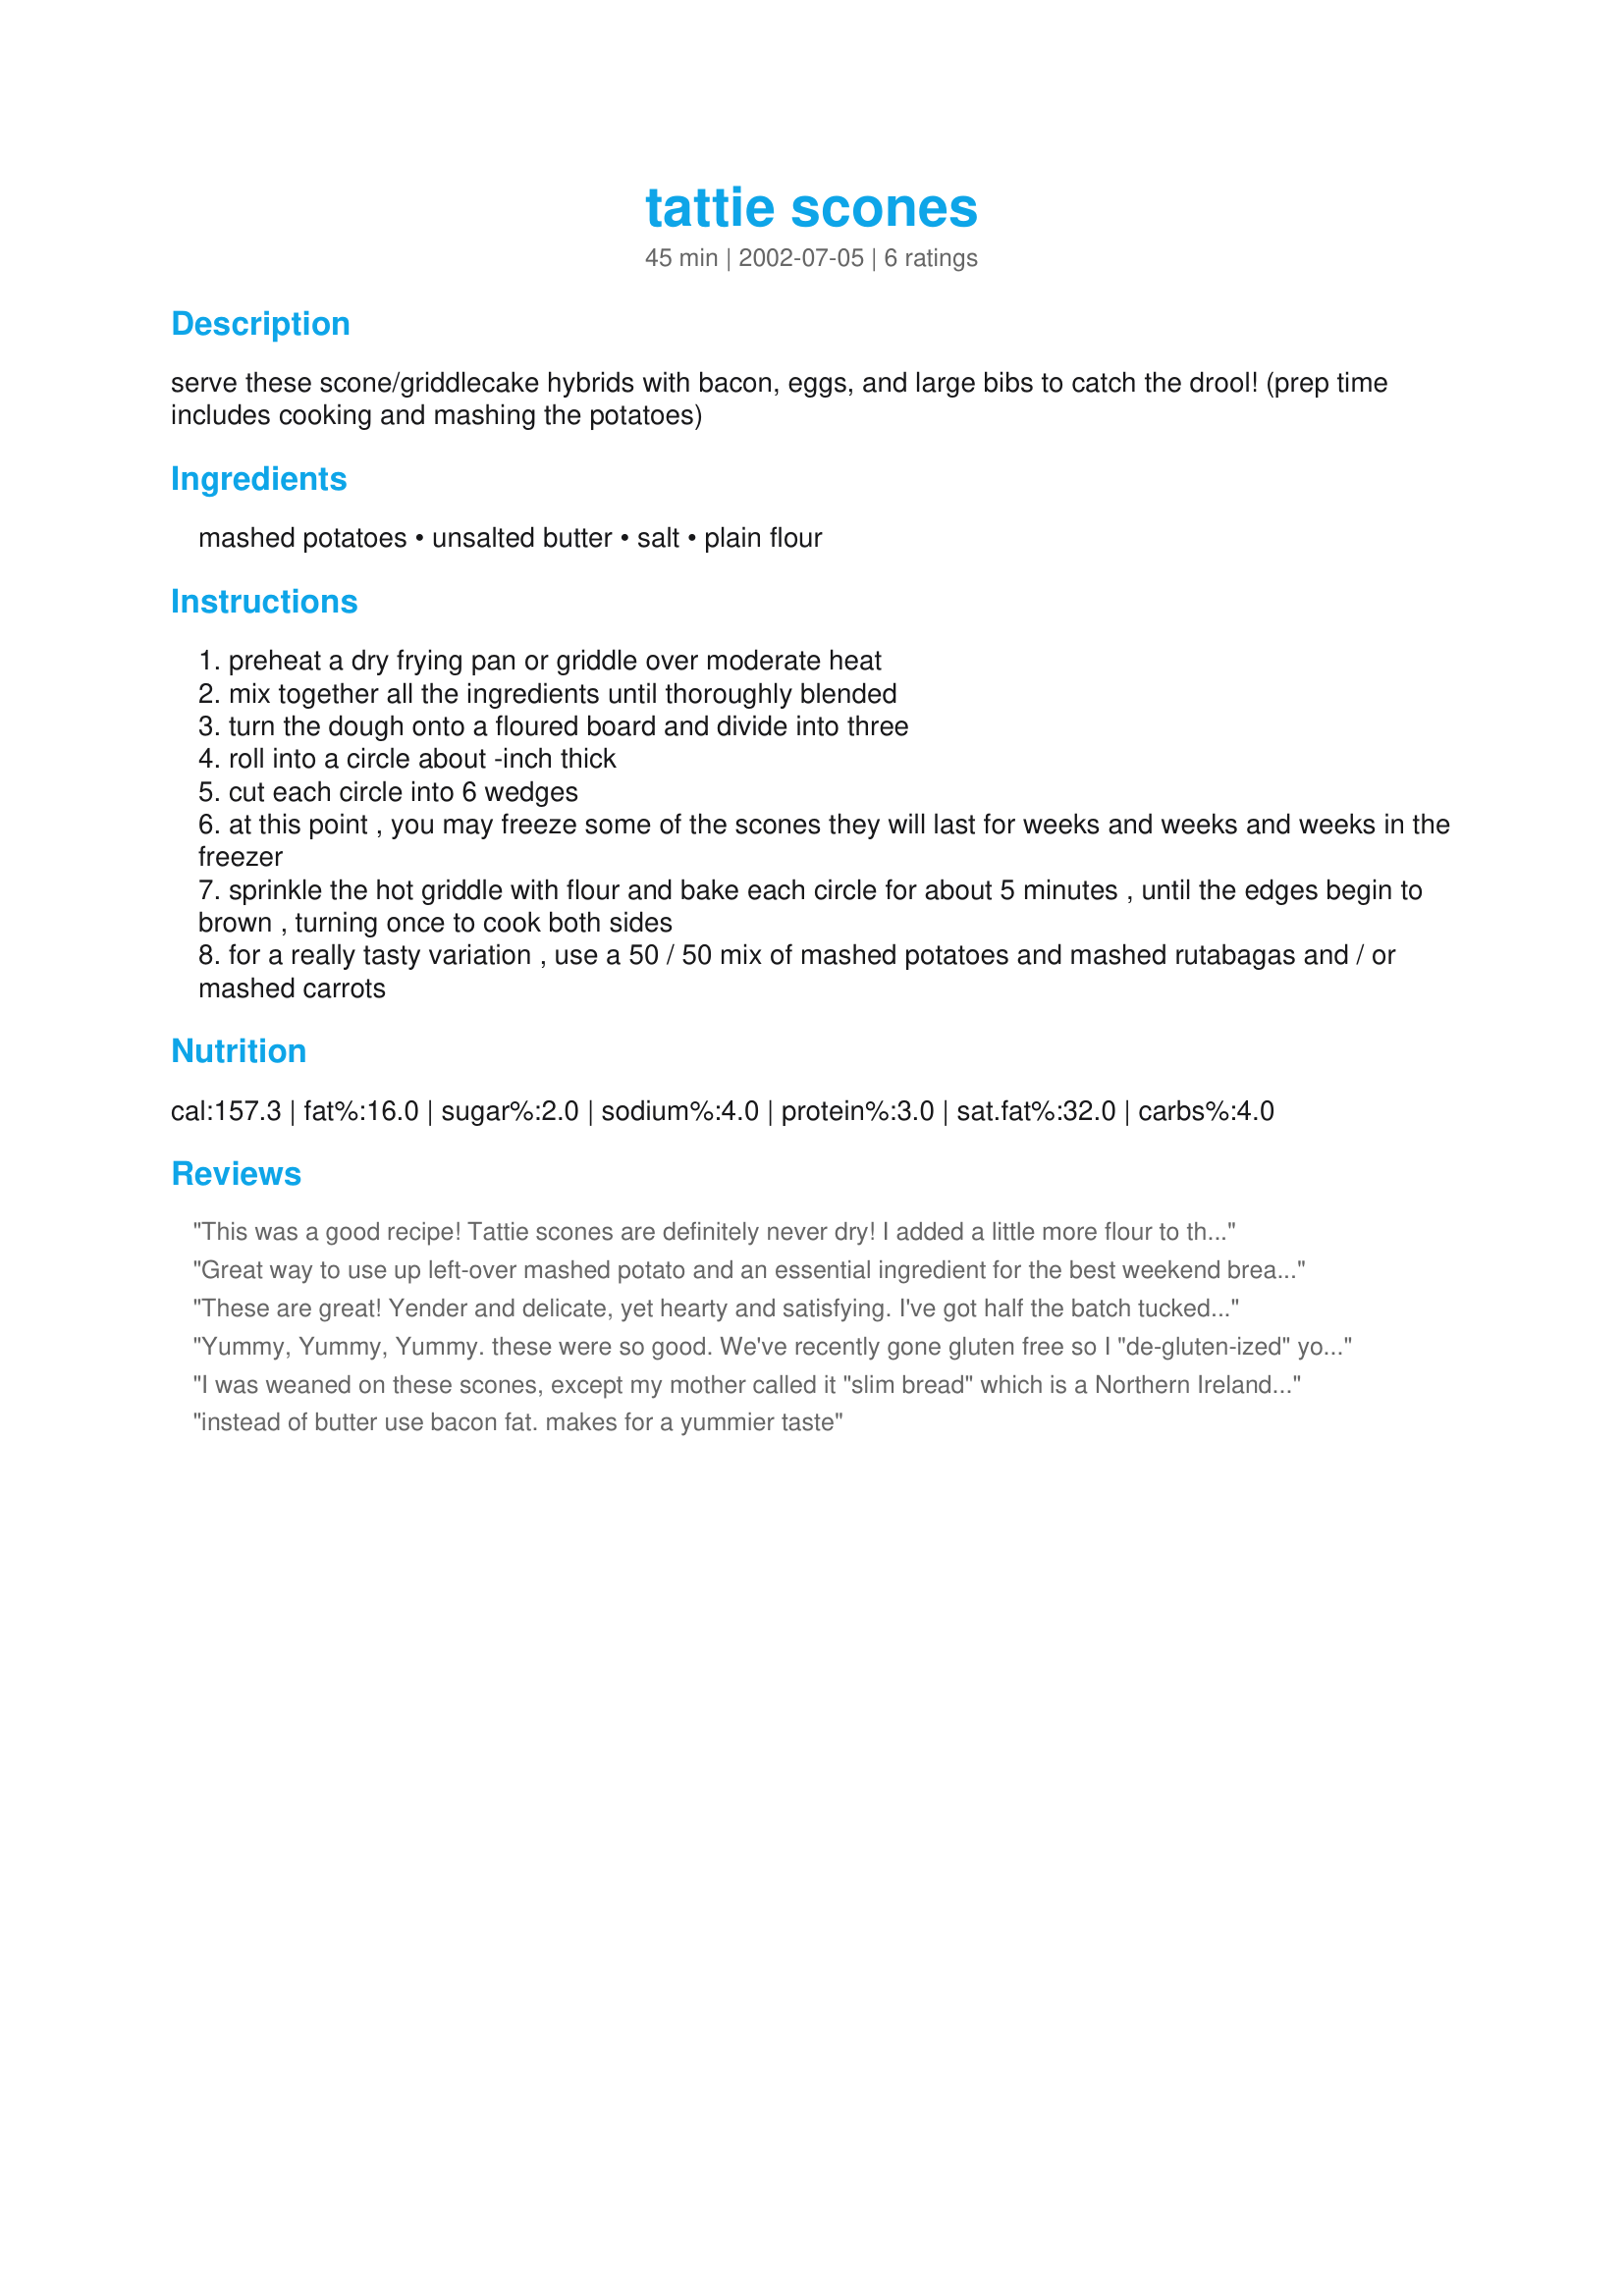
tattie scones
Preparation time: 45 minutes

serve these scone/griddlecake hybrids with bacon, eggs, and large bibs to catch the drool! (prep time includes cooking and mashing the potatoes)

Ingredients:
mashed potatoes, unsalted butter, salt, plain flour

Steps:
preheat a dry frying pan or griddle over moderate heat
mix together all the ingredients until thoroughly blended
turn the dough onto a floured board and divide into three
roll into a circle about -inch thick
cut each circle into 6 wedges
at this point , you may freeze some of the scones they will last for weeks and weeks and weeks in the freezer
sprinkle the hot griddle with flour and bake each circle for about 5 minutes , until the edges begin to brown , turning once to cook both sides
for a really tasty variation , use a 50 / 50 mix of mashed potatoes and mashed rutabagas and / or mashed carrots

Reviews:
This was a good recipe! Tattie scones are definitely never dry! I added a little more flour to the mixture, just a touch, and cooked them in a little olive oil instead of flour. They turned out great and were delicious with baked beans and eggs.
Great way to use up left-over mashed potato and an essential ingredient for the best weekend breakfast (bacon, eggs, sausage, baked beans, black pudding and tattie scone) Now all I need to do is find a good black pudding in Auckland! These potato scones are a bit softer than the ones you buy in Scotland. I used to put the bought ones in the toaster but I think you would have to add more flour to be able to do that. I can't comment on reheating frozen ones since none of mine made it to the freezer. We ate them all!
These are great! Yender and delicate, yet hearty and satisfying. I've got half the batch tucked away in the freezer, so we'll see how they do...

I used red potatoes. Next time I'll add some rutabaga or parsnip. I was a bit skeptical with no soda, but ot makrs a nice biscut(?) vegetable patty(?) Not quite either, but really good. :ove the flavor amd texture... Slather with lots of butter, or herb butter, or herb cream cheese...
Yummy, Yummy, Yummy. these were so good. We've recently gone gluten free so I "de-gluten-ized" your recipe with a white cornflour sub. for the plain flour. next time I think I'll add some onion powder in with the flour for a little different taist. Thanks for the wonderful post :)
I was weaned on these scones, except my mother called it "slim bread" which is a Northern Ireland name. Anyway, this is a good basic recipes. Needless to say they need lots of butter, or whatever you choose. Try frying them alongside your bacon and eggs on a Sun. morning - not healthy but tasty. WE have to be sinful sometimes.
instead of butter use bacon fat. makes for a yummier taste
